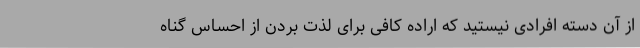
از آن دسته افرادی نیستید که اراده کافی برای لذت بردن از احساس گناه